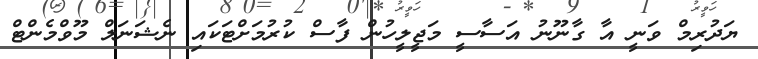
ޔަދުރިމް ވަނީ އާ ގާނޫނު އަސާސީ މަޖީލީހުން ފާސް ކުރުމަށްޓަކައި ނެޝަނަލް މޫވްމެންޓް